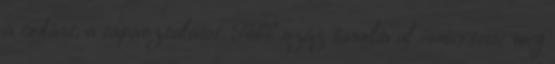
a tudást, a tapasztalatot. Több száz tanulóval ismertette meg